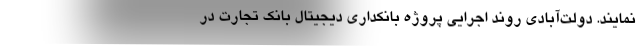
نمایند. دولت‌آبادی روند اجرایی پروژه بانکداری دیجیتال بانک تجارت در